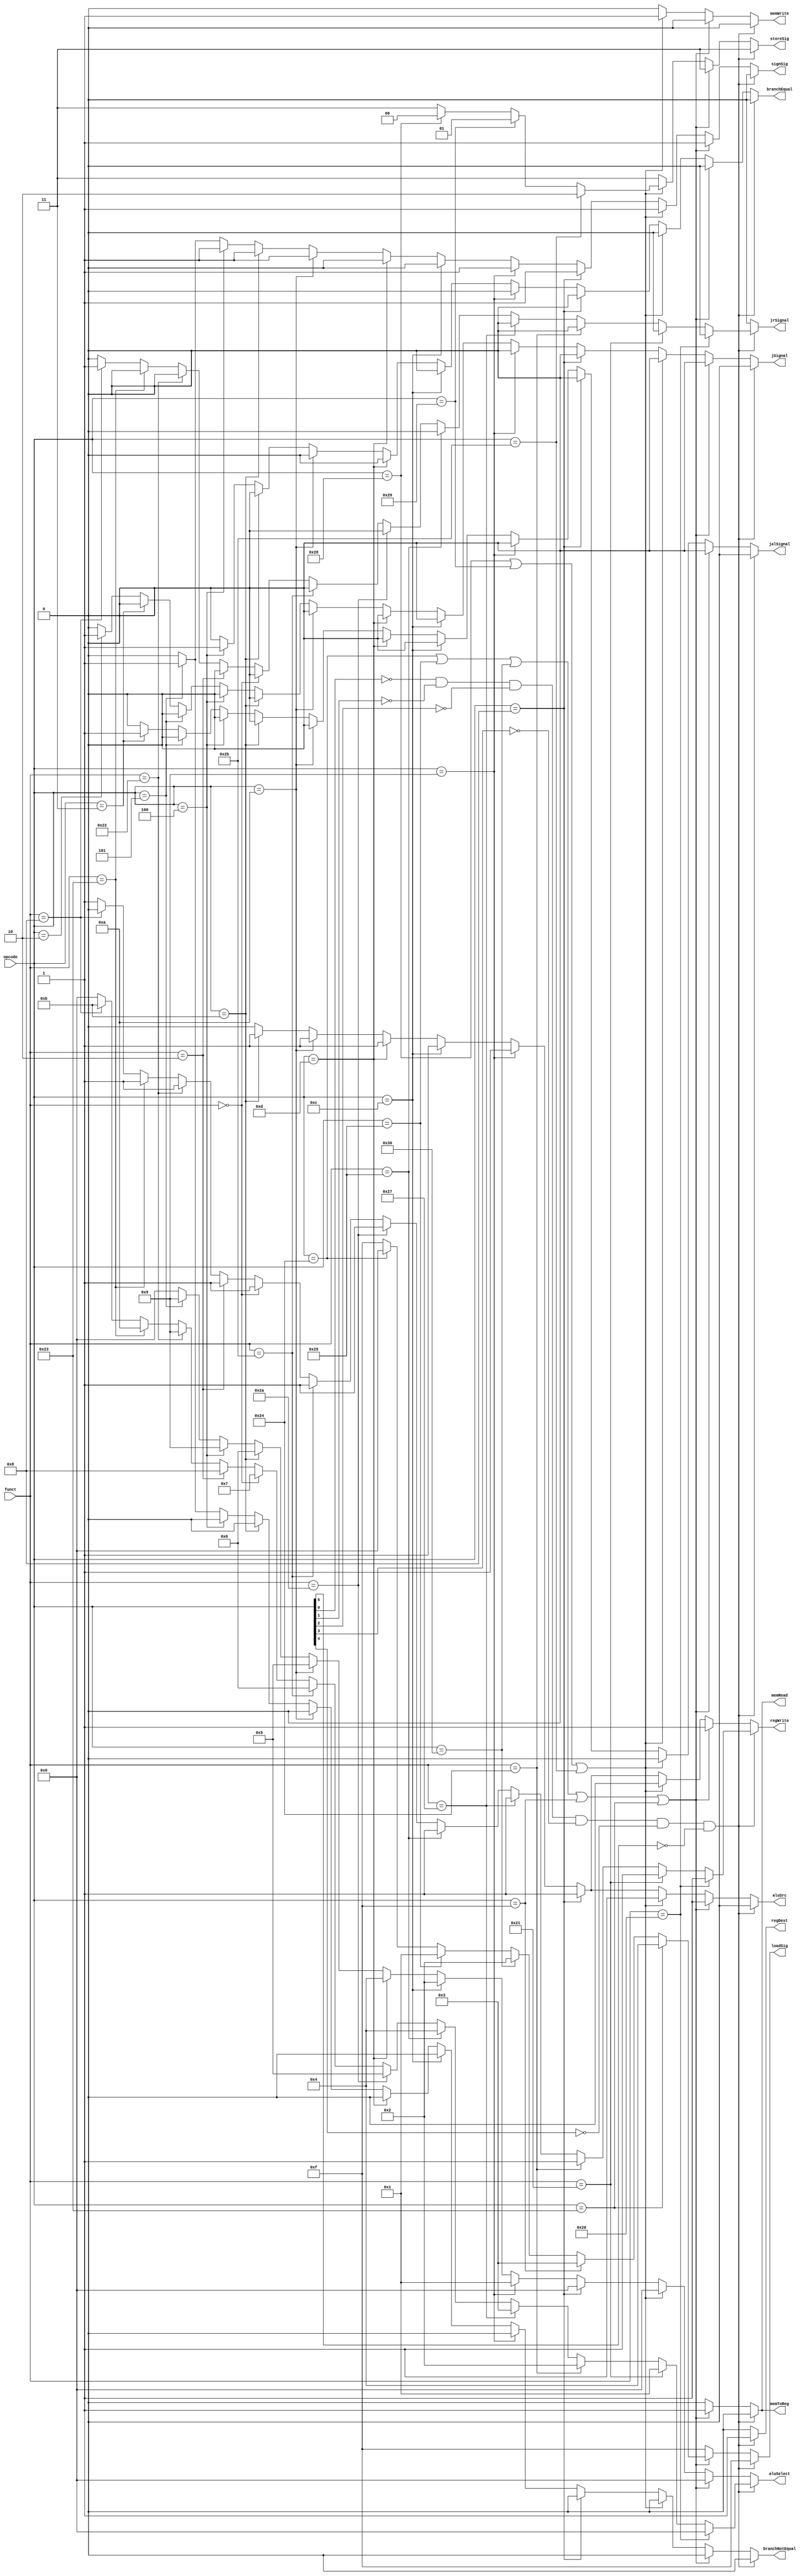
 // Module Description
// Control unit produces signals for datapath from the opcode and function field
// of the instruction
// 
// Input(s)
// opcode: 		First 6 bits of instruction -> [31:26]instruction
// funct:  		Last 6 bits of instruction -> [5:0]instruction
//	
// Output(s)
// storeSig:   Signal to indicate store instruction type
// loadSig:    Signal to indicate load instruction type
// jSignal:    Signal to indicate jump instruction
// jrSignal:   Signal to indicate jump register instruction
// jalSignal:  Signal to indicate jump and link instruction
// regDest: 	Signal to choose destination register (RT or RD)
// branch:		Signal to indicate branch instruction
// memRead:		Signal to read data from memory block
// memToReg:	Signal to choose source data (ALU result or memory data)
// aluSelect:	Signal to choose ALU operation
// memWrite:	Signal to enable memory write
// aluSrc:		Signal to choose second operand of ALU (RT or imm16)
// regWrite:	Signal to enable register write
// signSig:		Signal to indicate extend immedite
module ControlUnit(signSig, storeSig, loadSig, jSignal, jrSignal, jalSignal, regDest, branchEqual, branchNotEqual, memRead, memToReg, aluSelect, memWrite, aluSrc, regWrite, opcode, funct);
	// Input declaration(s)
	input [5:0]opcode, funct;
	// Output declaration(s)
	output reg jSignal, jrSignal, jalSignal, regDest, branchEqual, branchNotEqual, memRead, memToReg, memWrite, aluSrc, regWrite, signSig;
	output reg [1:0]storeSig;
	output reg [3:0]aluSelect, loadSig;
	// Variable declaration(s)
	reg [3:0]addOpt, adduOpt, andOpt, jumpOpt, norOpt, orOpt, sltOpt, sltuOpt, sllOpt, srlOpt, subOpt, subuOpt, lbuOpt, lhuOpt, llOpt, luiOpt, lwOpt;
	reg [1:0]sbOpt, shOpt, swOpt;
	reg rType;
	
	
	
	initial begin
		// Function code list of ALU to determine aluSelect
		addOpt = 0;
		adduOpt = 1;
		andOpt = 2;
		norOpt = 3;
		orOpt = 4;
		sltOpt = 5;
		sltuOpt = 6;
		sllOpt = 7;
		srlOpt = 8;
		subOpt = 9;
		subuOpt = 10;
		jumpOpt = 11;
		
		// Signal code list to determine which part to load
		lbuOpt = 0;
		lhuOpt = 1;
		llOpt = 2;
		luiOpt = 3;
		lwOpt = 4;
		
		// Signal code list to determine which part to store
		sbOpt = 0;
		shOpt = 1;
		swOpt = 2;
	end 
	
	
	
	always@(opcode or funct) begin
		signSig = 0; jSignal = 0; jrSignal = 0; jalSignal = 0; regDest = 0; branchEqual = 0; branchNotEqual = 0; memRead = 0; memToReg = 0; memWrite = 0; aluSrc = 0; regWrite = 0; aluSelect = 0; storeSig = -1; loadSig = -1;
		rType = ~opcode[0] & ~opcode[1] & ~opcode[2] & ~opcode[3] & ~opcode[4] & ~opcode[5];
		
		if (rType) begin
			regDest = 1;
			regWrite = 1;
			
			if (funct == 6'b100000) begin	//add
				aluSelect = addOpt;
			end
			
			else if (funct == 6'b100001) begin	//addu
				aluSelect = adduOpt;
			end
			
			else if (funct == 6'b100100) begin	//and
				aluSelect = andOpt;
			end
			
			else if (funct == 6'b100111) begin //nor
				aluSelect = norOpt;
			end
			
			else if (funct == 6'b100101) begin //or
				aluSelect = orOpt;
			end
			
			else if (funct == 6'b101010) begin //slt
				aluSelect = sltOpt;
			end
			
			else if (funct == 6'b101011) begin //sltu
				aluSelect = sltuOpt;
			end
			
			else if (funct == 6'b000000) begin //sll
				aluSelect = sllOpt;
			end
			
			else if (funct == 6'b000010) begin //srl
				aluSelect = srlOpt;
			end
			
			else if (funct == 6'b100010) begin //sub
				aluSelect = subOpt;
			end
			
			else if (funct == 6'b100011) begin //subu
				aluSelect = subuOpt;
			end
			
			else if (funct == 6'b001000) begin //jr
				aluSelect = jumpOpt;
				regWrite = 0;
				jrSignal = 1;
			end
		end
		
		
		else if (opcode == 6'b100100 | opcode == 6'b100101 | opcode == 6'b110000 | opcode == 6'b001111 | opcode == 6'b100011) begin //loads
			if (opcode == 6'b100100) begin //lbu
				loadSig = lbuOpt;
			end
			
			if (opcode == 6'b100101) begin //lhu
				loadSig = lhuOpt;
			end
			
			if (opcode == 6'b110000) begin //ll
				loadSig = llOpt;
			end
			
			if (opcode == 6'b001111) begin //lui
				loadSig = luiOpt;
			end
			
			if (opcode == 6'b100011) begin //lw
				loadSig = lwOpt;
			end
			
			
			aluSrc = 1;
			memToReg = 1;
			regWrite = 1;
			memRead = 1;
			signSig = 1;
			aluSelect = addOpt;
		end
		
		else if (opcode == 6'b101000 | opcode == 6'b101001 | opcode == 6'b101011) begin //stores
			if (opcode == 6'b101000) begin //sb
				storeSig = sbOpt;
			end
			
			if (opcode == 6'b101001) begin //sh
				storeSig = shOpt;
			end
			
			if (opcode == 6'b101011) begin //sw
				storeSig = swOpt;
			end
			
			aluSrc = 1;
			memWrite = 1;
			signSig = 1;
			aluSelect = addOpt;
		end
		
		else if (opcode == 6'b001000) begin //addi
			aluSrc = 1;
			aluSelect = addOpt;
			regWrite = 1;
			signSig = 1;
		end
		
		else if (opcode == 6'b001001) begin //addiu
			aluSrc = 1;
			aluSelect = adduOpt;
			regWrite = 1;
			signSig = 1;
		end
		
		else if (opcode == 6'b001100) begin //andi
			aluSrc = 1;
			aluSelect = andOpt;
			regWrite = 1;
		end
		
		else if (opcode == 6'b001101) begin //ori
			aluSrc = 1;
			aluSelect = orOpt;
			regWrite = 1;
		end
		
		else if (opcode == 6'b001010) begin //slti
			aluSrc = 1;
			aluSelect = sltOpt;
			regWrite = 1;
			signSig = 1;
		end
		
		else if (opcode == 6'b001011) begin //sltiu
			aluSrc = 1;
			aluSelect = sltuOpt;
			regWrite = 1;
			signSig = 1;
		end
		
		else if (opcode == 6'b000100) begin //beq
			branchEqual = 1;
			aluSelect = subOpt;
			signSig = 1;
		end
		
		else if (opcode == 6'b000101) begin //bne
			branchNotEqual = 1;
			aluSelect = subOpt;
			signSig = 1;
		end
		
		else if (opcode == 6'b000011) begin //jal
			jalSignal = 1;
		end
		
		else if (opcode == 6'b000010) begin //j
			jSignal = 1;
		end
	end
endmodule